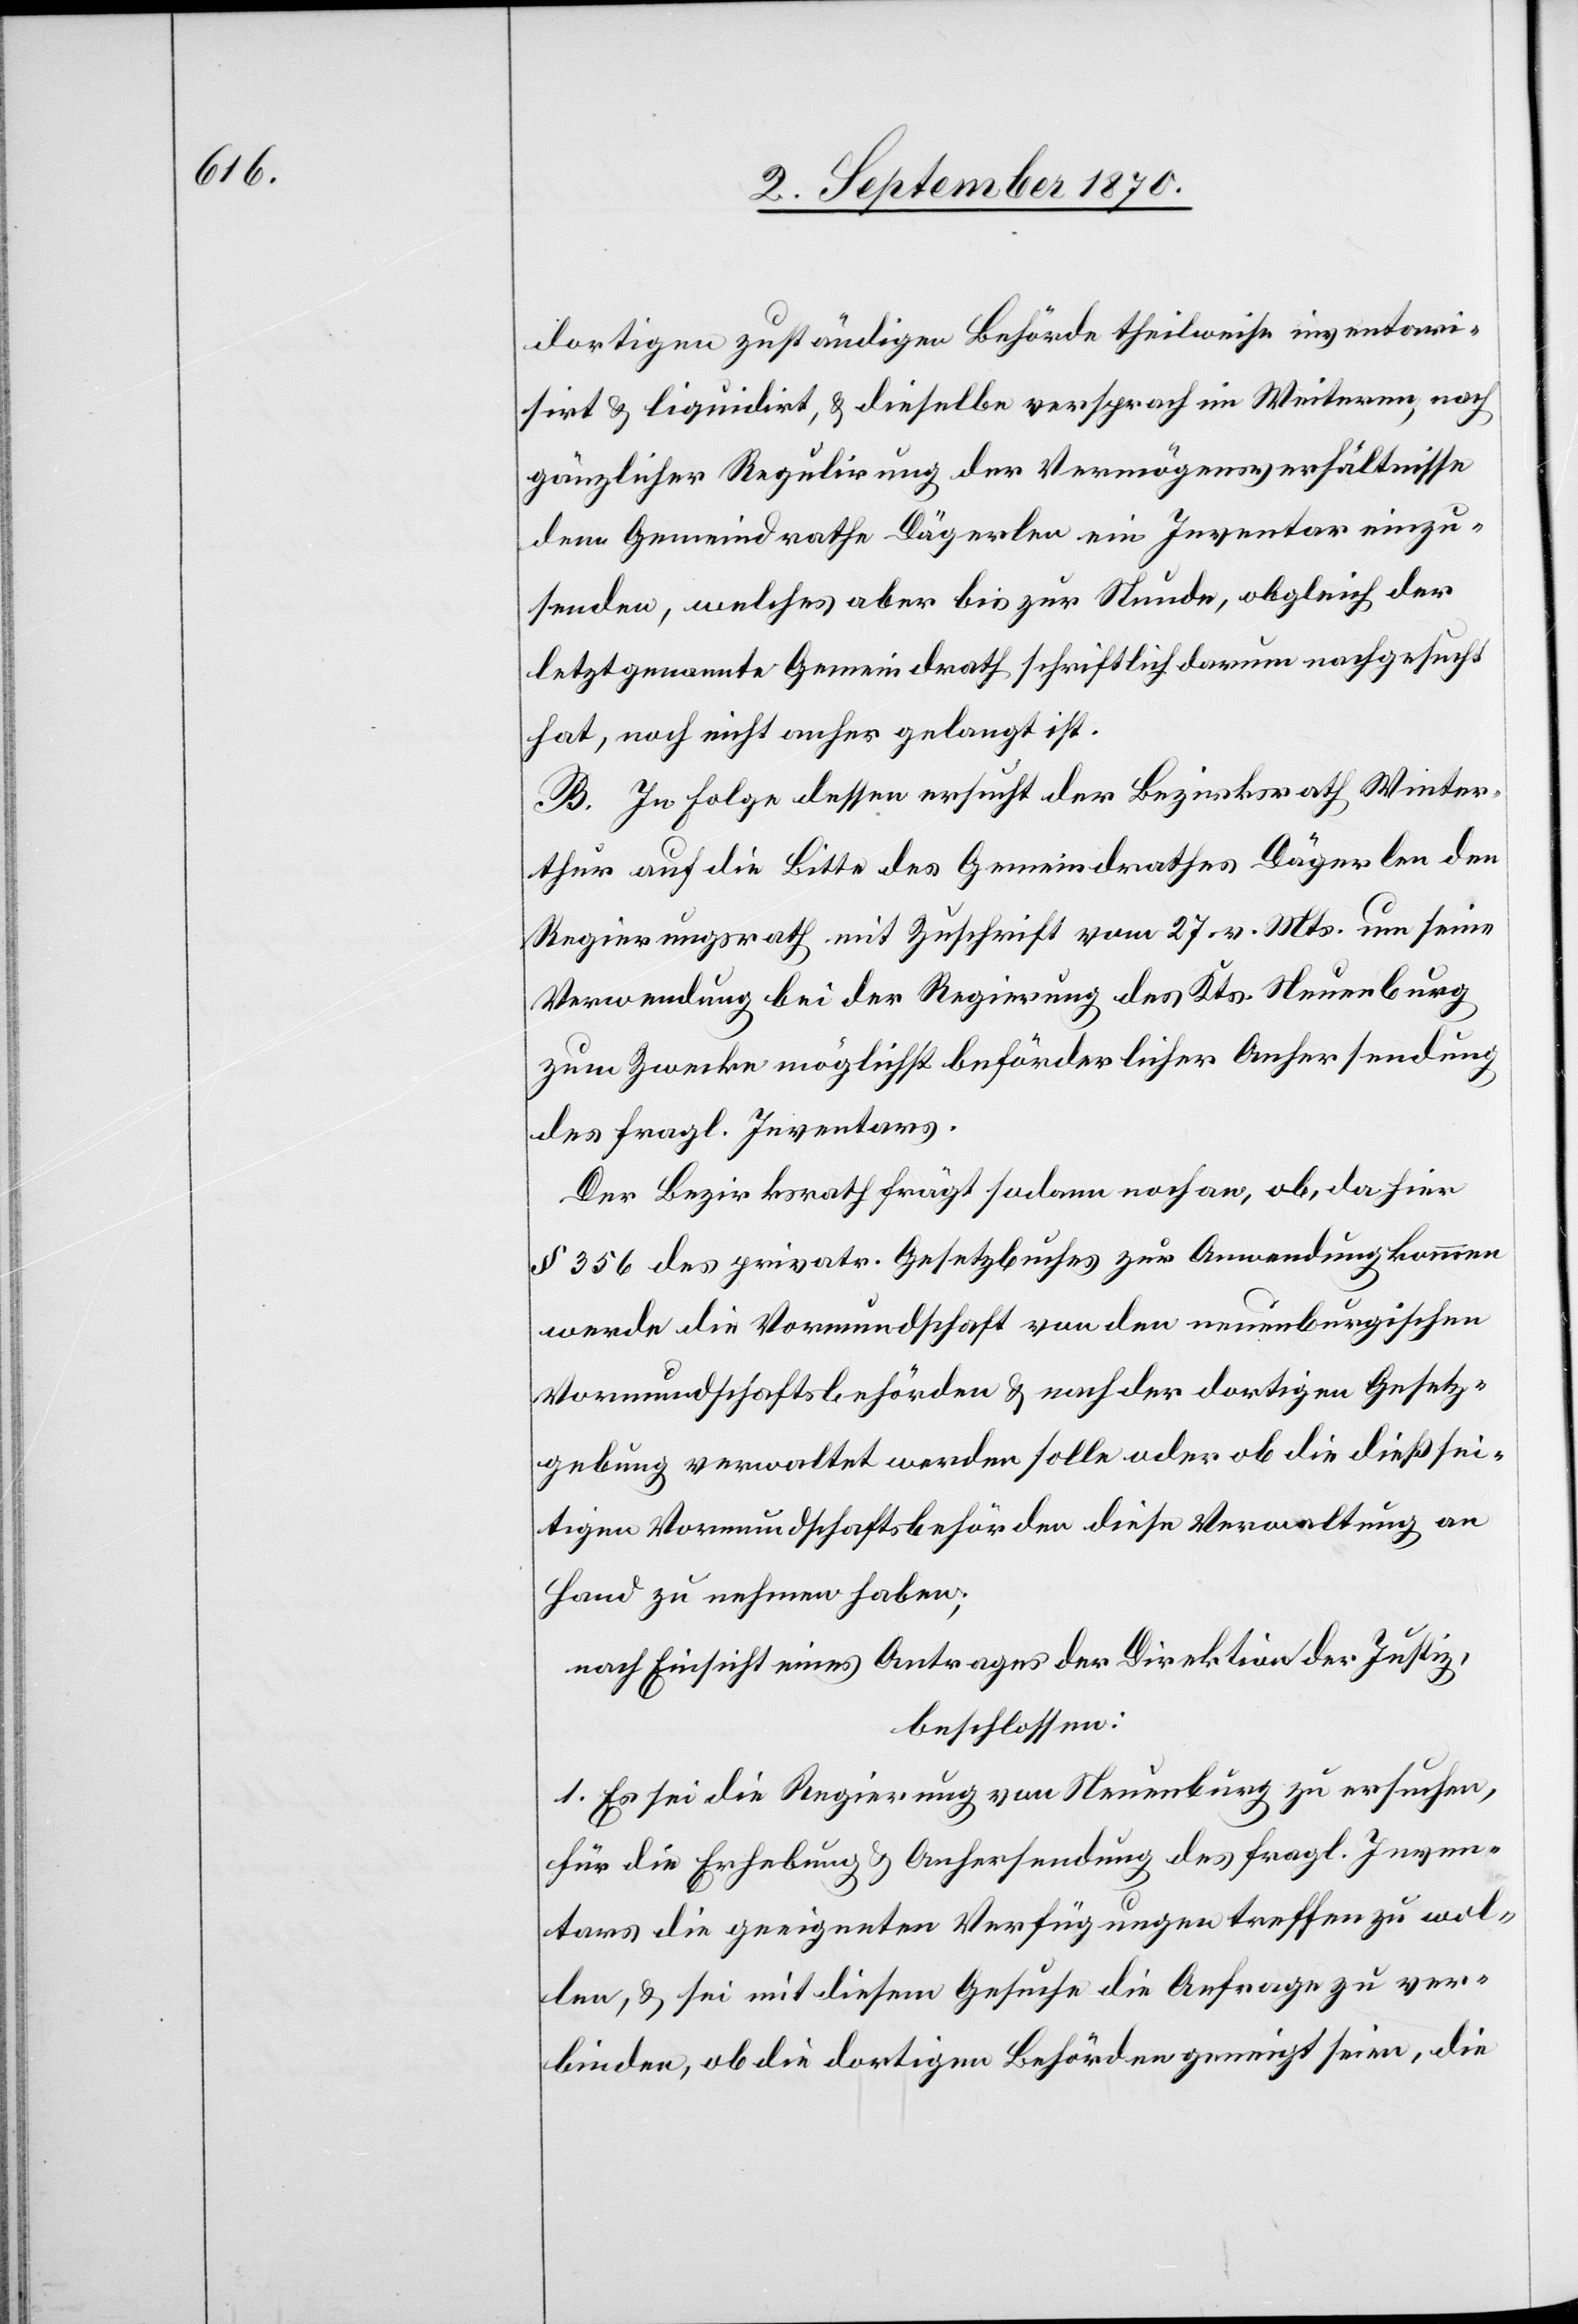
dortigen zuständigen Behörde theilweise inventari¬
sirt & liquidirt, & dieselbe versprach im Weitern, nach
gänzlicher Regulirung der Vermögensverhältnisse
dem Gemeindrath Dägerlen ein Inventar einzu¬
senden, welches aber bis zur Stunde, obgleich der
letztgenannte Gemeindrath schriftlich darum nachgesucht
hat, noch nicht anher gelangt ist.
B. In Folge dessen ersucht der Bezirksrath Winter¬
thur auf die Bitte des Gemeindrathes Dägerlen den
Regierungsrath mit Zuschrift vom 27. v. Mts. um seine
Verwendung bei der Regierung des Kts. Neuenburg
zum Zwecke möglichst beförderlicher Anhersendung
des fragl. Inventars.
Der Bezirksrath frägt sodann noch an, ob, da hier
§ 356 des privatr. Gesetzbuches zur Anwendung kommen
werde[,] die Vormundschaft von den neuenburgischen
Vormundschaftsbehörden & nach der dortigen Gesetz¬
gebung verwaltet werden solle oder ob die dießsei¬
tigen Vormundschaftsbehörden diese Verwaltung an
Hand zu nehmen haben;
nach Einsicht eines Antrages der Direktion der Justiz,
beschlossen:
1. Es sei die Regierung von Neuenburg zu ersuchen,
für die Erhebung & Anhersendung des fragl. Inven¬
tars die geeigneten Verfügungen treffen zu wol¬
len, & sei mit diesem Gesuche die Anfrage zu ver¬
binden, ob die dortigen Behörden geneigt seien, die